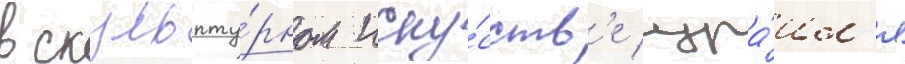
в скульпту́рном иску́сств'е изра́ил'я